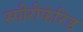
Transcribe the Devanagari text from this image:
स्पीरीफेरिड